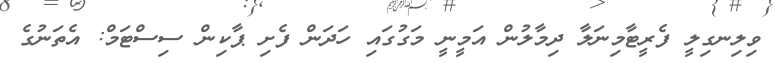
ވިލިނގިލީ ފެރީޓާމިނަލާ ދިމާލުން އަމީނީ މަގުގައި ހަދަން ފެށި ޕާކިން ސިސްޓަމް: އެތަނުގެ